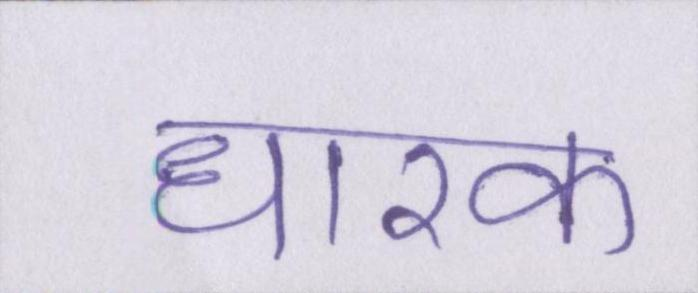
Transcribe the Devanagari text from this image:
धारक